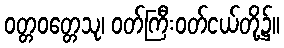
ဝတ္တဝတ္တေသု၊ ဝတ်ကြီးဝတ်ငယ်တို့၌။